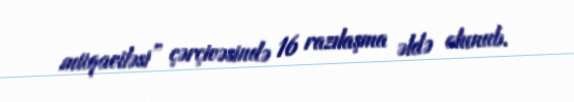
müqaviləsi” çərçivəsində 16 razılaşma əldə olunub.